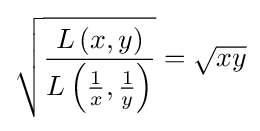
{\sqrt {\frac {L\left(x,y\right)}{L\left({\frac {1}{x}},{\frac {1}{y}}\right)}}}={\sqrt {xy}}